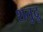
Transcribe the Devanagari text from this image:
शतुद्रु